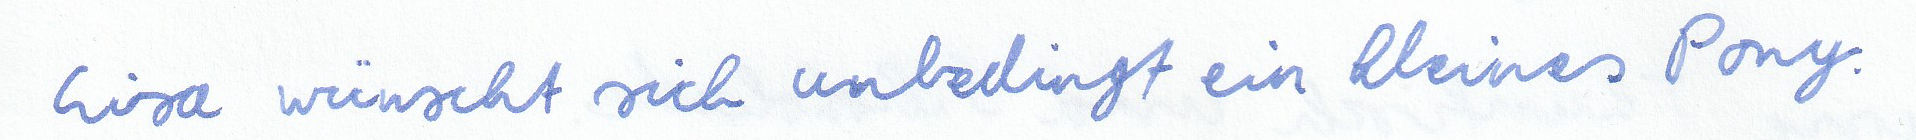
Lisa wünscht sich unbedingt ein kleines Pony.